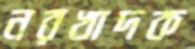
নরখাদক